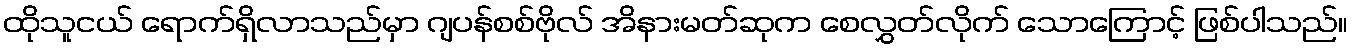
ထိုသူငယ် ရောက်ရှိလာသည်မှာ ဂျပန်စစ်ဗိုလ် အိနားမတ်ဆုက စေလွှတ်လိုက် သောကြောင့် ဖြစ်ပါသည်။